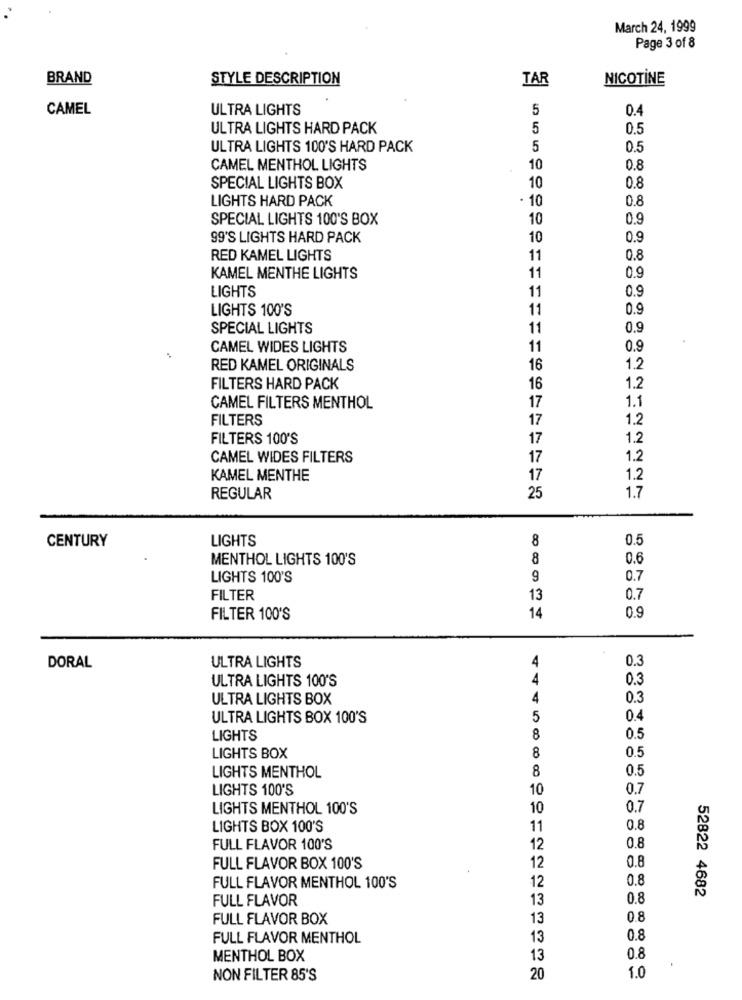
March 24, 1999
Page 3 of 8
BRAND
STYLE DESCRIPTION
TAR
NICOTINE
CAMEL
ULTRA LIGHTS
5
0.4
ULTRA LIGHTS HARD PACK
5
0.5
ULTRA LIGHTS 100'S HARD PACK
5
0.5
CAMEL MENTHOL LIGHTS
10
0.8
0.8
SPECIAL LIGHTS BOX
10
LIGHTS HARD PACK
10
0.8
SPECIAL LIGHTS 100'S BOX
10
0.9
99'S LIGHTS HARD PACK
10
0.9
RED KAMEL LIGHTS
11
0.8
KAMEL MENTHE LIGHTS
11
0.9
LIGHTS
0.9
11
LIGHTS 100'S
11
0.9
SPECIAL LIGHTS
11
0.9
CAMEL WIDES LIGHTS
11
0.9
RED KAMEL ORIGINALS
16
1.2
FILTERS HARD PACK
16
1.2
1.1
CAMEL FILTERS MENTHOL
17
FILTERS
17
1.2
FILTERS 100'S
17
1.2
CAMEL WIDES FILTERS
17
1.2
KAMEL MENTHE
17
1.2
REGULAR
25
1.7
CENTURY
LIGHTS
8
0.5
MENTHOL LIGHTS 100'S
8
0.6
LIGHTS 100'S
9
0.7
FILTER
13
0.7
FILTER 100'S
14
0.9
4
0.3
DORAL
ULTRA LIGHTS
ULTRA LIGHTS 100'S
4
0.3
ULTRA LIGHTS BOX
4
0.3
ULTRA LIGHTS BOX 100'S
5
0.4
LIGHTS
8
0.5
0.5
LIGHTS BOX
8
8
0.5
LIGHTS MENTHOL
LIGHTS 100'S
10
0.7
LIGHTS MENTHOL 100'S
10
0.7
LIGHTS BOX 100'S
11
0.8
FULL FLAVOR 100'S
12
0.8
0.8
FULL FLAVOR BOX 100'S
12
12
0.8
FULL FLAVOR MENTHOL 100'S
52822 4682
FULL FLAVOR
13
0.8
FULL FLAVOR BOX
13
0.8
FULL FLAVOR MENTHOL
13
0.8
MENTHOL BOX
13
0.8
NON FILTER 85'S
20
1.0